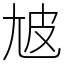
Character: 㝿